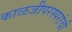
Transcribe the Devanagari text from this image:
काळजीपरस्परांची